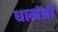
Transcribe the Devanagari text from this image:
धामंत्री